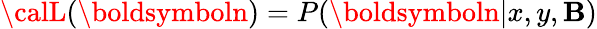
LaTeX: {\calL}({\boldsymboln})=P({\boldsymboln}|x,y,\mathbf{B})